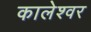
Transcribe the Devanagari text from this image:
कालेश्‍वर